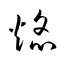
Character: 焔